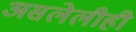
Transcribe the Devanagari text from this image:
असलेलीही